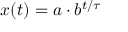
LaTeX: x ( t ) = a \cdot b ^ { t / \tau }